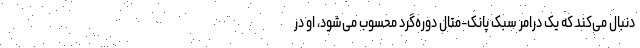
دنبال می‌کند که یک درامر سبک پانک-متال دوره‌گرد محسوب می‌شود، او در